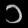
Digit: ၁